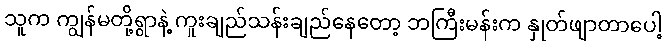
သူက ကျွန်မတို့ရွာနဲ့ ကူးချည်သန်းချည်နေတော့ ဘကြီးမန်းက နှုတ်ဖျာတာပေါ့